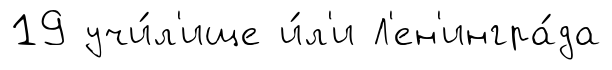
19 учи́л'ище и́л'и Л'ен'ингра́да